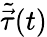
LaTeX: \tilde{\vec{\tau}}(t)